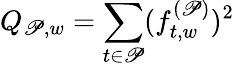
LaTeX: Q_{\mathscr{P},w}=\sum_{t\in\mathscr{P}}(f_{t,w}^{(\mathscr{P})})^{2}